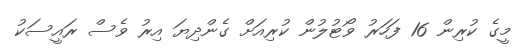
މީގެ ކުރިން 16 ފަހަރު ވޯޓުލުން ކުރިއަށް ގެންދިޔަ އިރު ވެސް ރައީސަކު